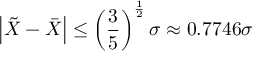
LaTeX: \left| { \tilde { X } } - { \bar { X } } \right| \leq \left( { \frac { 3 } { 5 } } \right) ^ { \frac { 1 } { 2 } } \sigma \approx 0 . 7 7 4 6 \sigma